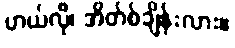
ဟယ်လို၊ အိတ်စ်ချိန်းလား။